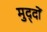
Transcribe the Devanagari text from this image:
मुद्‍दों